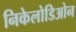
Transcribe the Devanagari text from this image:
निकेलोडिओन